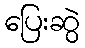
ပြေးဆွဲ